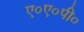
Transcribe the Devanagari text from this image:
ए०ए०पी०